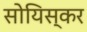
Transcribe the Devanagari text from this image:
सोयिस्कर